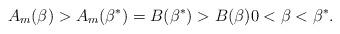
LaTeX: \begin{align*}A_{m}(\beta)>A_{m}(\beta^*)=B(\beta^*)>B(\beta) 0<\beta<\beta^*.\end{align*}